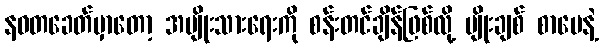
နဝတခေတ်မှာတော့ အမျိုးသားရေးကို စန်းတင်ချိန်ဖြစ်လို့ မျိုးချစ် စာပေနဲ့